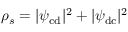
\rho _ { s } = | \psi _ { \mathrm { c d } } | ^ { 2 } + | \psi _ { \mathrm { d c } } | ^ { 2 }